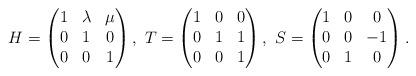
LaTeX: \begin{align*}H= \left(\begin{matrix}1 & \lambda & \mu \\0 & 1 & 0 \\0 & 0 & 1\end{matrix}\right), \ T =\left(\begin{matrix}1 & 0 & 0 \\0 & 1 & 1 \\0 & 0 & 1\end{matrix}\right), \ S = \left(\begin{matrix}1 & 0 & 0 \\0 & 0 & -1 \\0 & 1 & 0 \end{matrix}\right).\end{align*}